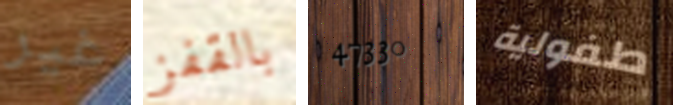
غير بالقفز 47330 طفولية